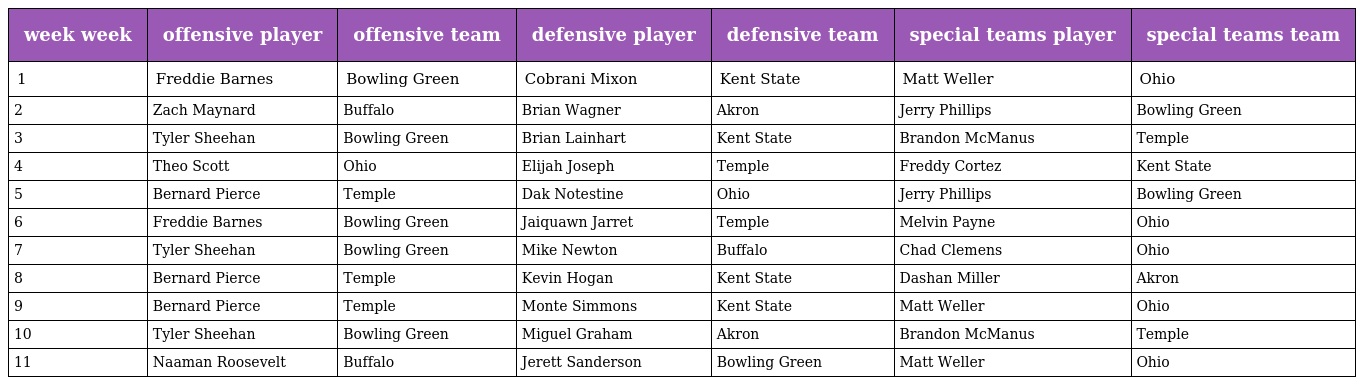
| week week | offensive player | offensive team | defensive player | defensive team | special teams player | special teams team |
 | --- | --- | --- | --- | --- | --- | --- |
 | 1 | Freddie Barnes | Bowling Green | Cobrani Mixon | Kent State | Matt Weller | Ohio |
 | 2 | Zach Maynard | Buffalo | Brian Wagner | Akron | Jerry Phillips | Bowling Green |
 | 3 | Tyler Sheehan | Bowling Green | Brian Lainhart | Kent State | Brandon McManus | Temple |
 | 4 | Theo Scott | Ohio | Elijah Joseph | Temple | Freddy Cortez | Kent State |
 | 5 | Bernard Pierce | Temple | Dak Notestine | Ohio | Jerry Phillips | Bowling Green |
 | 6 | Freddie Barnes | Bowling Green | Jaiquawn Jarret | Temple | Melvin Payne | Ohio |
 | 7 | Tyler Sheehan | Bowling Green | Mike Newton | Buffalo | Chad Clemens | Ohio |
 | 8 | Bernard Pierce | Temple | Kevin Hogan | Kent State | Dashan Miller | Akron |
 | 9 | Bernard Pierce | Temple | Monte Simmons | Kent State | Matt Weller | Ohio |
 | 10 | Tyler Sheehan | Bowling Green | Miguel Graham | Akron | Brandon McManus | Temple |
 | 11 | Naaman Roosevelt | Buffalo | Jerett Sanderson | Bowling Green | Matt Weller | Ohio |